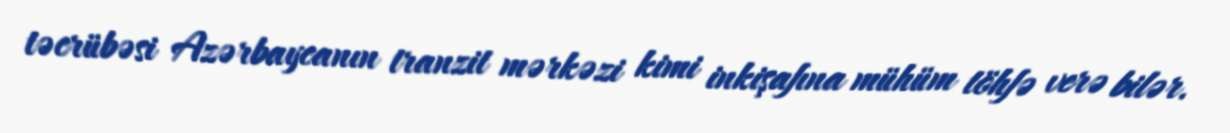
təcrübəsi Azərbaycanın tranzit mərkəzi kimi inkişafına mühüm töhfə verə bilər.